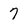
Character: 7